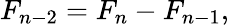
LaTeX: F_{n-2}=F_{n}-F_{n-1},